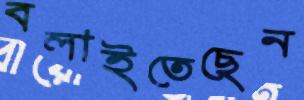
বলাইতেছেন